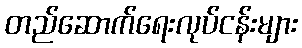
တည်ဆောက်ရေးလုပ်ငန်းများ